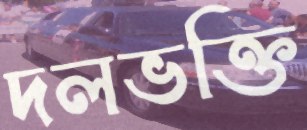
দলভক্তি